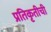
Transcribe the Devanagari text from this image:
प्रतिकृतीची